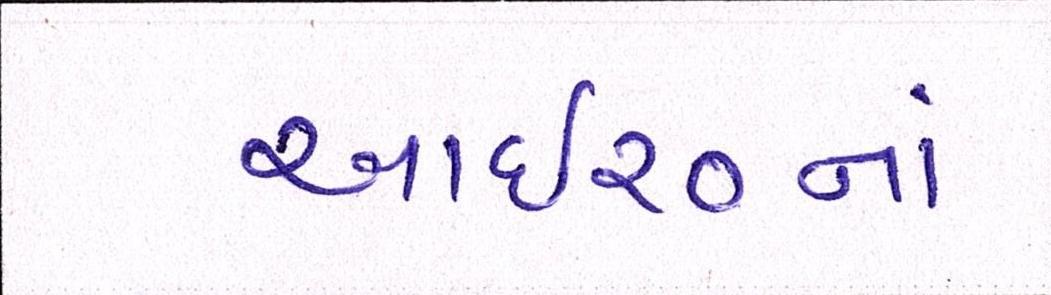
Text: આઇ૨૦નાં